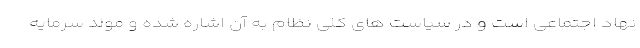
نهاد اجتماعی است و در سیاست های کلی نظام به آن اشاره شده و مولد سرمایه